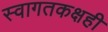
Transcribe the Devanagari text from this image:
स्वागतकक्षही